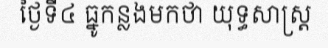
ថ្ងៃទី៤ ធ្នូកន្លងមកថា យុទ្ធសាស្ត្រ